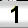
Digit: 1